system: You are a helpful assistant.
user:
Analyze the provided spectrum to determine if it is a **M-type Giant (gM)**.

A M-type Giant spectrum is defined by its **strong molecular absorption** features, particularly from **Titanium Oxide (TiO)**. You must check for one of the following mutually exclusive signatures:

- **Key Visual Indicators (Absorption-Dominated Spectrum):**

    - **(Primary):** The spectrum is dominated by strong molecular absorption from **Titanium Oxide (TiO)**. This is the **defining feature** of its M-type temperature class.
        - **(Key Bandheads):** Look for sharp, "saw-tooth" absorption valleys. The strongest are located near **~7050 Å**, **~6160 Å**, and **~5170 Å**.
        - **(Line Profile):** The "saw-tooth" morphology is critical: a **sharp, steep drop on the BLUE (short-wavelength) side** of the bandhead, followed by a gradual recovery (rising flux) towards the RED (long-wavelength) side.

    - **(Key Confirmation - Giant vs. Dwarf):** **ABSENCE** of strong **Calcium Hydride (CaH)** molecular bands. This is the primary diagnostic for *excluding* M-dwarfs.
        - **(Key Region):** The spectrum should lack the strong, broad absorption band seen in dwarfs between **~6800 Å and ~7000 Å**.

    - **(Secondary Confirmation - Giant):** A very strong and broad **Neutral Calcium (Ca I)** atomic absorption line.
        - **(Key Line):** Located at **~4226 Å**. In a giant (gM), this line is significantly deeper and broader than the same line in an M-dwarf (dM) due to low surface gravity.

    - **(Overall Spectrum):**
        - The continuum is **extremely red-sloping** (i.e., flux is very low in the blue and rises dramatically towards the red).
        - The entire spectrum appears "chopped up" by the deep TiO bands.

Think first, call **spectral_visualization_tool** if needed to examine features in detail, then provide your final answer. Your response must adhere to the following strict rules:
1.  **Overall Structure:** Your response must follow the format `<think>...</think> <tool_call>...</tool_call> (if a tool is used) <answer>...</answer>`.
2.  **Tool Usage Constraint:** You may only make **one** tool call per turn.
3.  **Final Answer Format:** In the `<answer>` tag, your conclusion must be inside a `\boxed{}` command (e.g., `\boxed{YES}` or `\boxed{NO}`), followed by your justification.

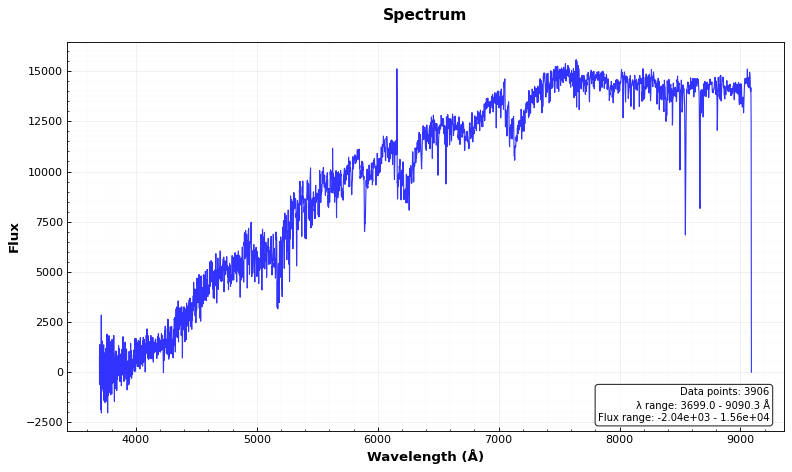
Answer: YES